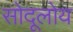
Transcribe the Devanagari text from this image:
सोदूलोय